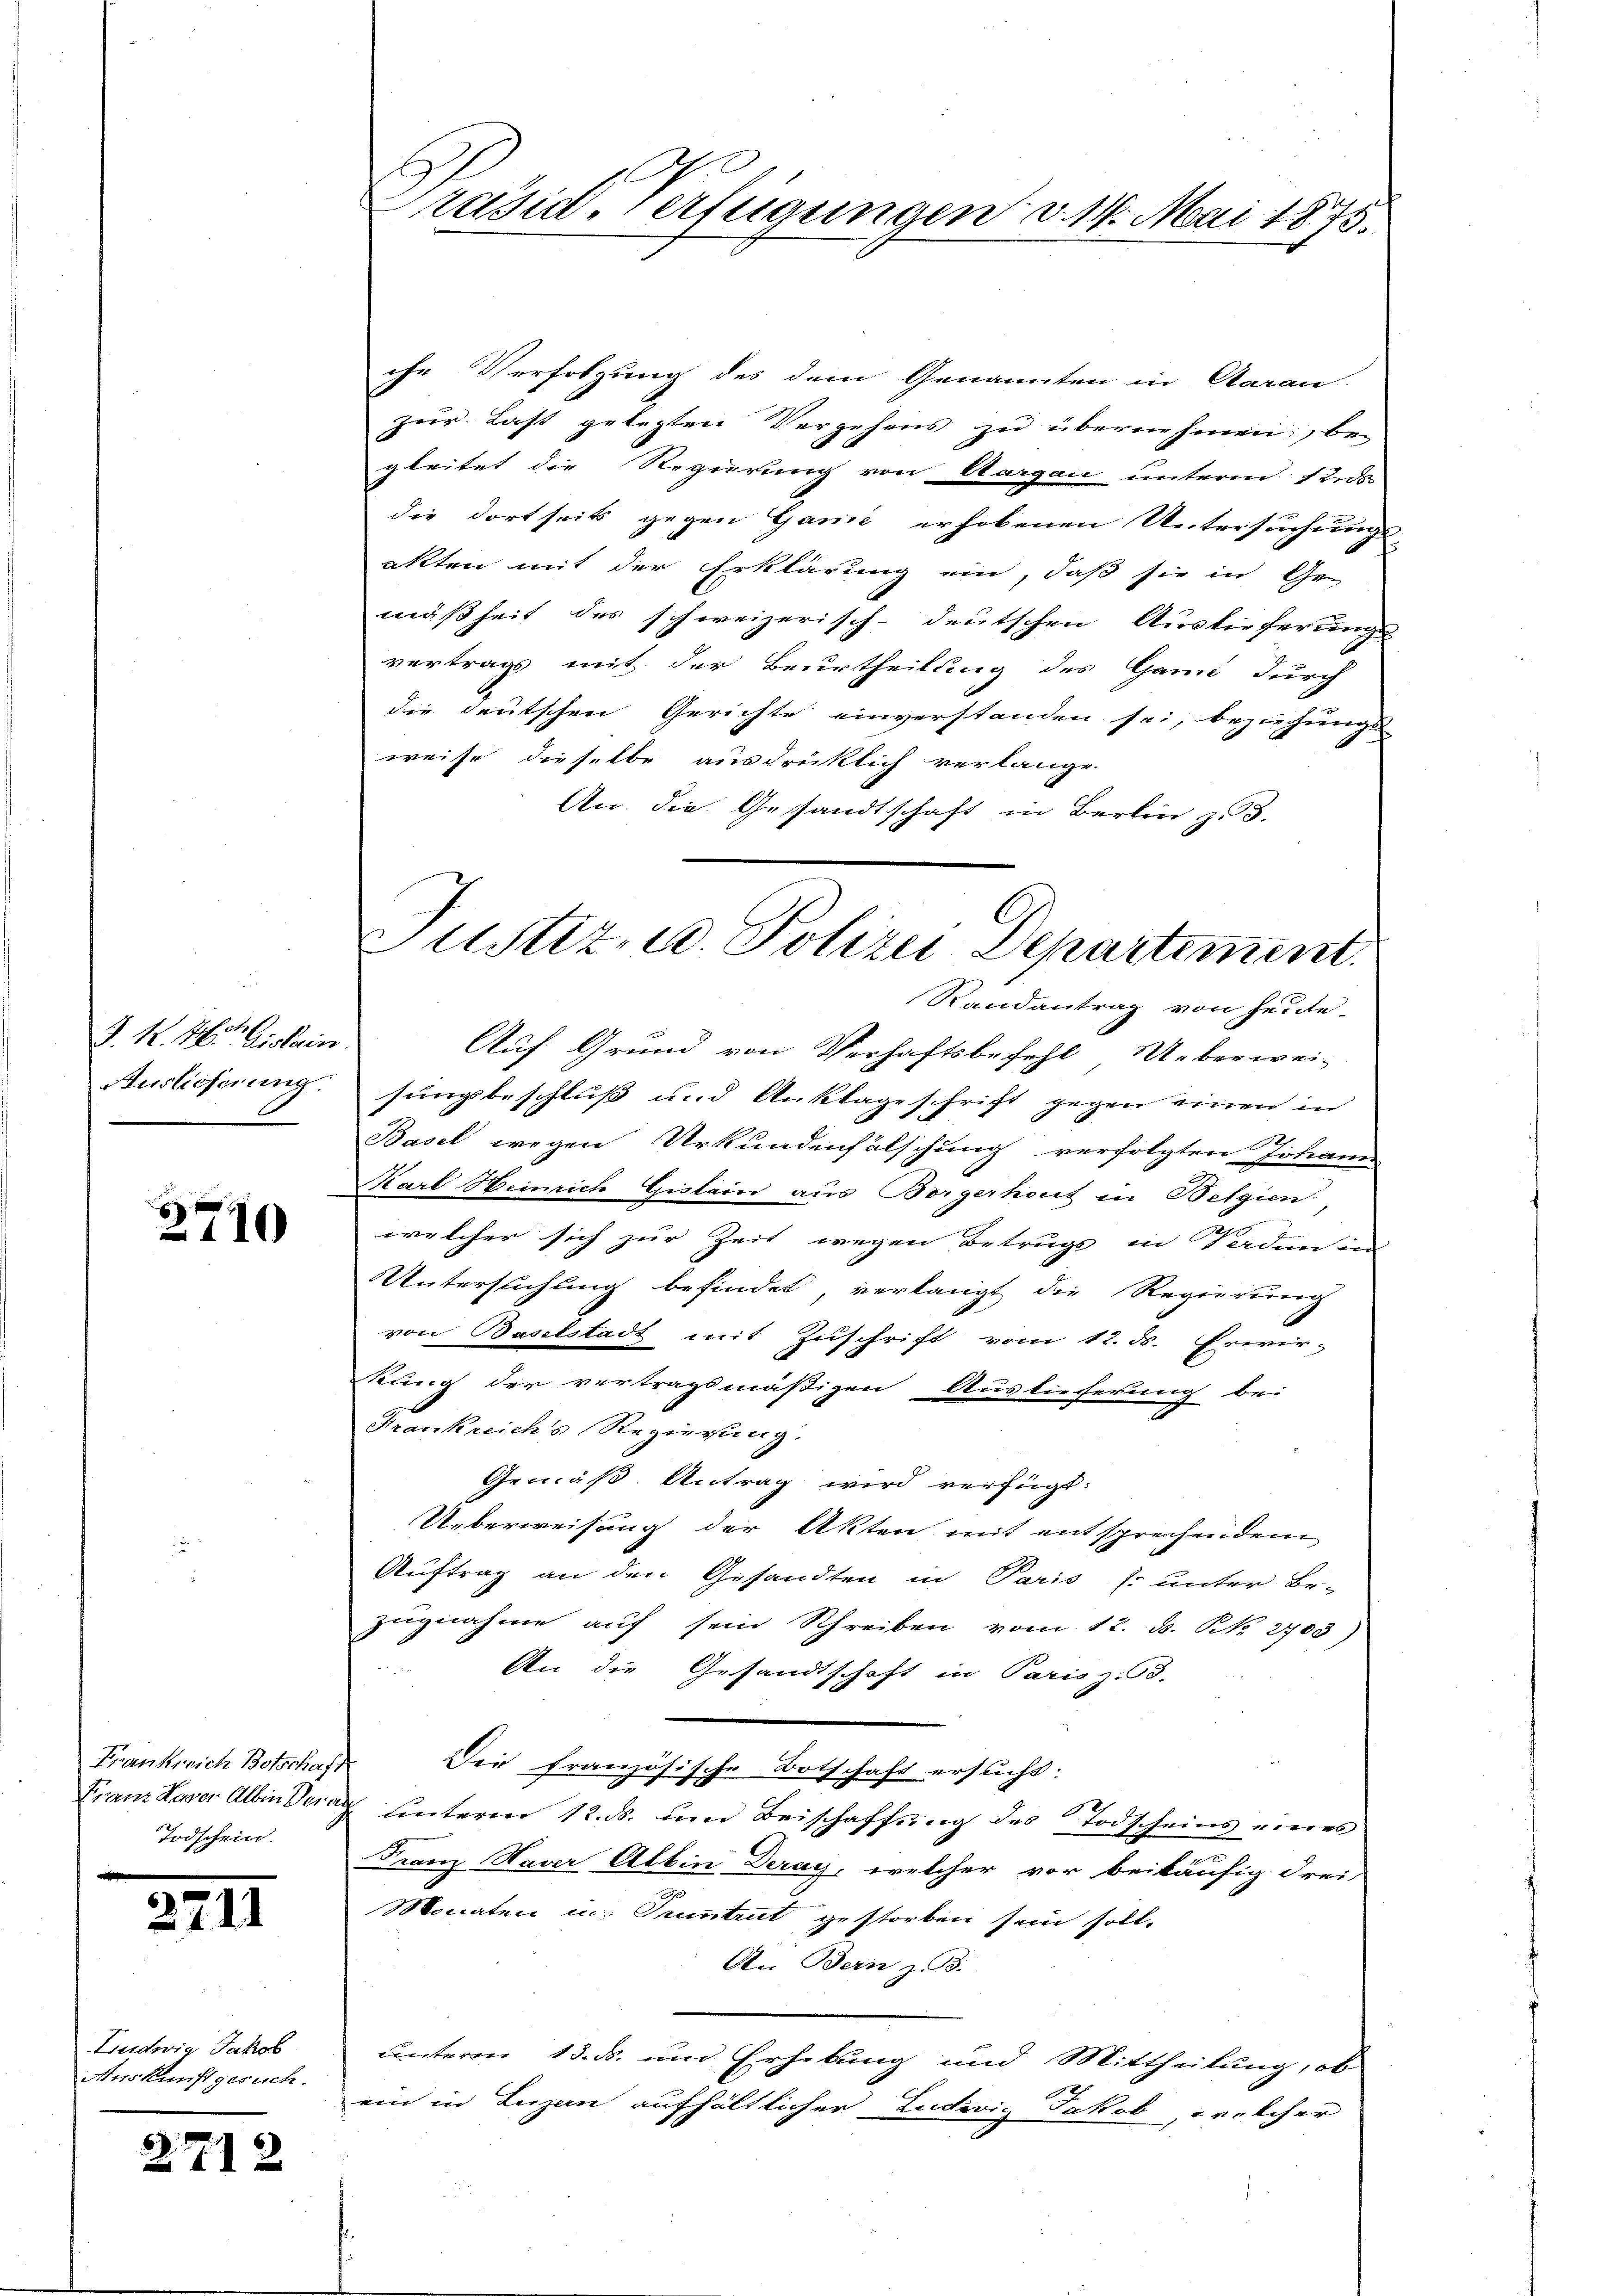
J. K. Mit Gislein.
Auslicherung.

2710

Frankreich Botschaf
Franz Haver Albin Dei
Todschein.

2.

11

Ludwig Jakob
Auskunft gesuch.

2712

Präsid. Verfügungen v. 14. Mai 1875.

che Verfolgung des dem Genannten in Aarau
zur Last gelegten Vergehens zu übernehmen, begleitet die Regierung von Aargau unterm 12 ds
die dortseits gegen Ganić erhobenen Untersuchungs-
akten mit der Erklärung ein, daß sie in Ge-
mäßheit des schweizerisch-deutschen Auslieferungs-
vertrags mit der Beurtheilung des Ganz durch
die deutschen Gerichte einverstanden sei, beziehungs
weise dieselbe ausdrücklich verlange
An die Gesandtschaft in Berlin z. 3.
Randantrag von heute.
Auf Grund von Verhaftsbefehl Ueberwei-
sungsbeschluss und Anklage schrift gegen einen in
Basel wegen Urkundenfälschung verfolgten Johann
Karl Heinrich Gislein aus Borgerhout in Belgien,
welcher sich zur Zeit wegen Betrugs in Sarden in
Untersuchung befindet, verlangt die Regierung
von Baselstadt mit Zuschrift vom 12. ds. Proir-
kung der vertragsmäßigen Auslieferung bei
Frankreichs Regierung.
Gemäß Antrag wird verfügt:
Ueberweisung der Akten mit entsprechendem
Auftrag an den Gesandten in Paris s. unter Be-
zugnahme auf sein Schreiben vom 12. d. NNo. 2703)
An die Gesandtschaft in Parisz. 3.
Die französische Botschaft ersucht.
.
 unterm 12. ds. um Beischaffung des Todscheins eines
Franz Haver Albin Deray, welcher vor beiläufig drei-
Moccaten u. Pruntrut gestorben sein soll.
An Bern z. 3.
unterm 13. ds. und Erhebung und Mittheilung, ob
20
ein in Luzern aufhältlicher Ludivis Jakob, welcher

Justiz, u. Polizei Departement.